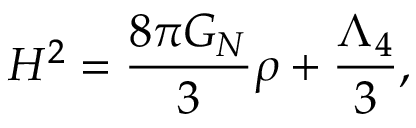
H ^ { 2 } = \frac { 8 \pi G _ { N } } { 3 } \rho + \frac { \Lambda _ { 4 } } { 3 } ,